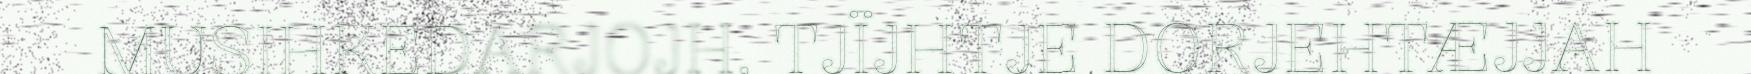
MUSIHKEDARJOJH, TJÏJHTJE DORJEHTÆJJAH